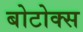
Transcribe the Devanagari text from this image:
बोटोक्स